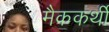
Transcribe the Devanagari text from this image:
मैककर्थी